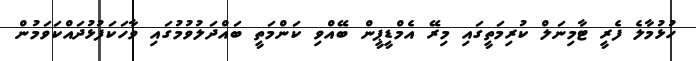
ހުޅުމާލެ ފެރީ ޓާމިނަލް ކުރިމަތީގައި މިރޭ އެމްޑީޕީން ބޭއްވި ކަންމަތީ ބައްދަލުވުމުގައި ވާހަކަފުޅުދައްކަވަމުން